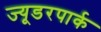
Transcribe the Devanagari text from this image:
ज्यूडरपार्क